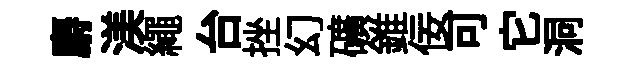
麝渼繩台挫幻礦錐佞可它洞